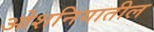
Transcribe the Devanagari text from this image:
ओशनियातील